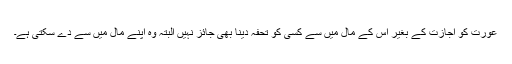
عورت کو اجازت کے بغیر اس کے مال میں سے کسی کو تحفہ دینا بھی جائز نہیں البتہ وہ اپنے مال میں سے دے سکتی ہے۔